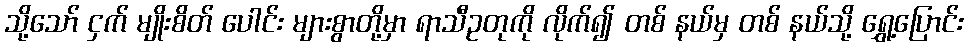
သို့သော် ငှက် မျိုးစိတ် ပေါင်း များစွာတို့မှာ ရာသီဥတုကို လိုက်၍ တစ် နယ်မှ တစ် နယ်သို့ ရွှေ့ပြောင်း